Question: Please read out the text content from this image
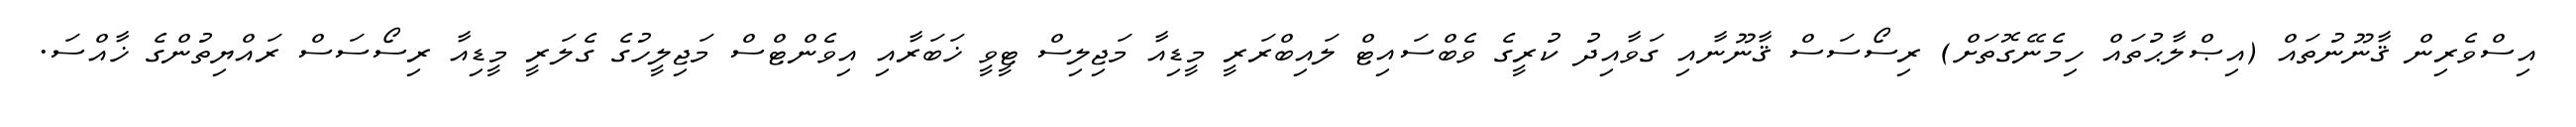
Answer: އިސްވެރިން ޤާނޫނުތައް (އިޞްލާޙުތައް ހިމެނޭގޮތަށް) ރިސޯސަސް ޤާނޫނާއި ގަވާއިދު ކުރީގެ ވެބްސައިޓް ލައިބްރަރީ މީޑިއާ މަޖިލިސް ޓީވީ ޚަބަރާއި އިވެންޓްސް މަޖިލީހުގެ ގެލަރީ މީޑިއާ ރިސޯސަސް ރައްޔިތުންގެ ޚާއްސަ.